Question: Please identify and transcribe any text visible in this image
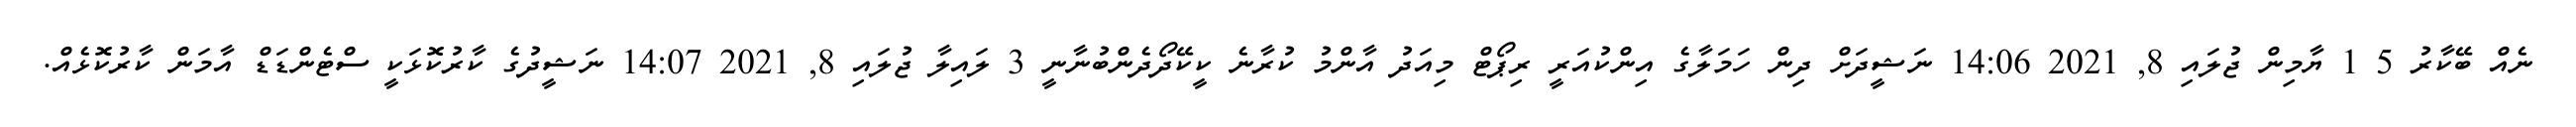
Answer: ނެއް ބޭކާރު 5 1 ޔާމިން ޖުލައި 8, 2021 14:06 ނަޝީދަށް ދިން ހަމަލާގެ އިންކުއަރީ ރިޕޯޓް މިއަދު އާންމު ކުރާނެ ކީކޭދޯދެންބުނާނީ 3 ލައިލާ ޖުލައި 8, 2021 14:07 ނަޝީދުގެ ކާރުކޮޅަކީ ސްޓެންޑަޑް އާމަން ކާރުކޮޅެއް.